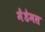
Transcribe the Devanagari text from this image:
मेंडेमस